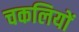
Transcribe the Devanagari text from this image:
चकलियों